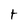
Character: t